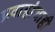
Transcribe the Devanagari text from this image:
प्रवाहांचाही